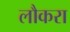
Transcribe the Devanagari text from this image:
लौकरा